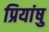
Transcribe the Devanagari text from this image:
प्रियांषु